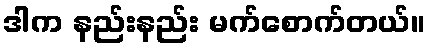
ဒါက နည်းနည်း မက်စောက်တယ်။